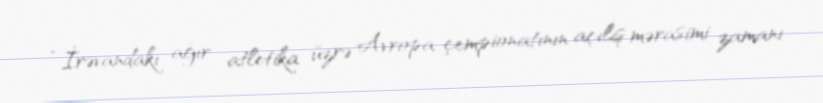
“İrəvandakı ağır atletika üzrə Avropa çempionatının açılış mərasimi zamanı